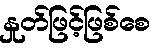
နှုတ်ဖြင့်ဖြစ်စေ